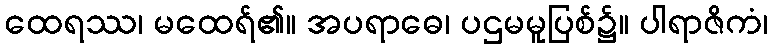
ထေရဿ၊ မထေရ်၏။ အပရာဓေ၊ ပဌမမူပြစ်၌။ ပါရာဇိကံ၊